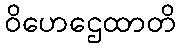
ဝိဟေဌေထာတိ